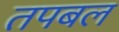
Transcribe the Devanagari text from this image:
तपबल